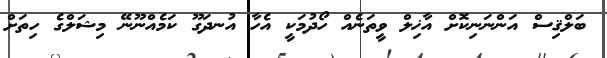
ބަލްޤިސް އަންނަނިކޮށް އާޚިލް ވީތަނެއް ހޯދުމަކީ އެހާ އުނދަގޫ ކަމެއްނޫނޭ މިޝަލްގެ ހިތަށް